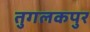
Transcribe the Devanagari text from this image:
तुगलकपुर